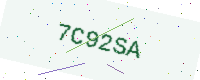
Text: 7C92SA